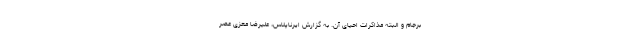
برجام و البته مذاکرات احیای آن. به گزارش ایرناپلاس، علیرضا معزی عصر